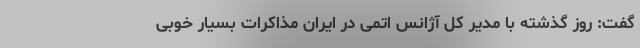
گفت: روز گذشته با مدیر کل آژانس اتمی در ایران مذاکرات بسیار خوبی